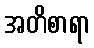
အတိစာရာ